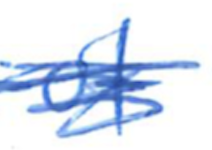
Text: of
Cross-out: scratch
Writing tool: ballpoint